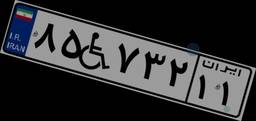
۸۵W۷۳۲۱۱